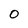
Character: 0